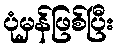
ပုံမှန်ဖြစ်ပြီး